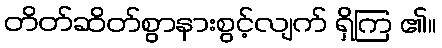
တိတ်ဆိတ်စွာနားစွင့်လျက် ရှိကြ ၏။